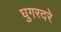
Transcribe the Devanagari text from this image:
घुगरदरे